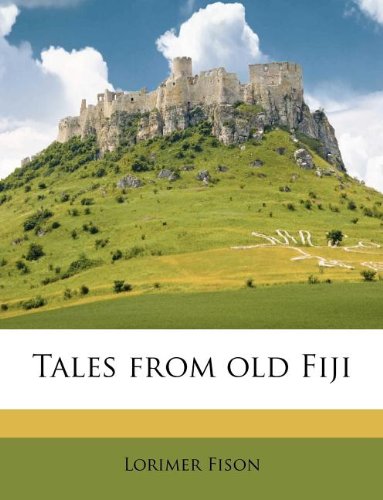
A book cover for Tales from old Fiji; Lorimer Fison; History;